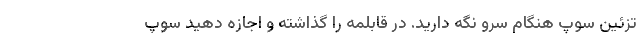
تزئین سوپ هنگام سرو نگه دارید. در قابلمه را گذاشته و اجازه دهید سوپ